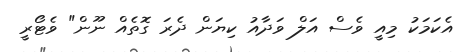
އެކަމަކު މިއީ ވެސް އަލް ވަދާއު ކިޔަން ދެރަ ގޮތެއް ނޫން" ވެޓޯރީ